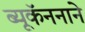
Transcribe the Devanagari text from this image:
ब्यूकॅननाने